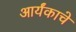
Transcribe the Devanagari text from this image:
आर्यंकाचे